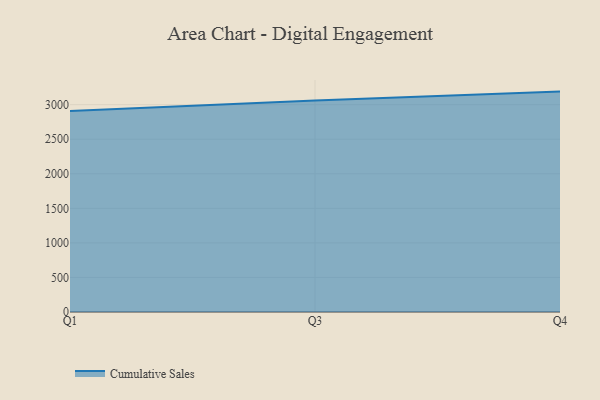
{"axis": {"x": "Quarter", "y": "Page Views"}, "legend": ["Cumulative Sales"], "data": [{"x": "Q1", "y": 2908.0, "type": "Cumulative Sales"}, {"x": "Q3", "y": 3060.0, "type": "Cumulative Sales"}, {"x": "Q4", "y": 3189.1, "type": "Cumulative Sales"}]}